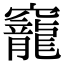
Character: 竉